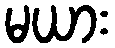
မယား